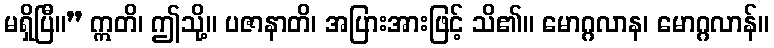
မရှိပြီ။” ဣတိ၊ ဤသို့။ ပဇာနာတိ၊ အပြားအားဖြင့် သိ၏။ မောဂ္ဂလာန၊ မောဂ္ဂလာန်။